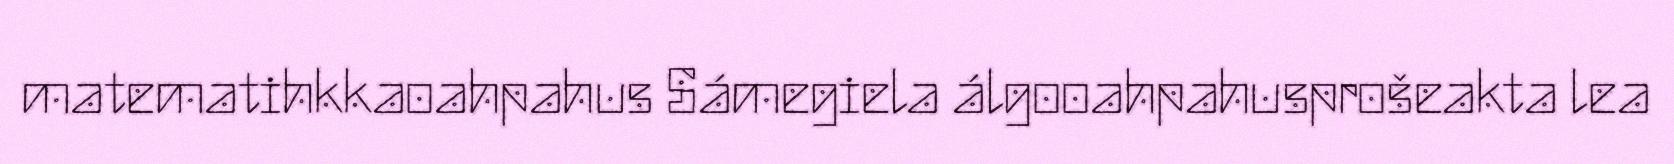
matematihkkaoahpahus Sámegiela álgooahpahusprošeakta lea